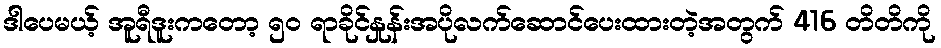
ဒါပေမယ့် အူရီဒူးကတော့ ၅၀ ရာခိုင်နှုန်းအပိုလက်ဆောင်ပေးထားတဲ့အတွက် 416 တိတိကို